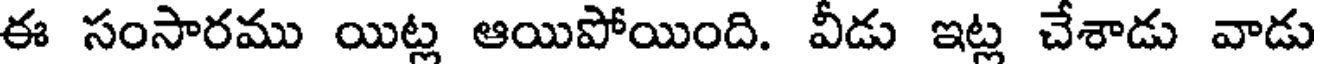
ఈ సంసారము యిట్ల ఆయిపోయింది. వీడు ఇట్ల చేశాడు వాడు